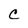
Character: C